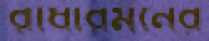
রাধারমনের